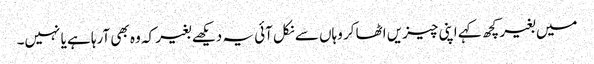
میں بغیر کچھ کہے اپنی چیزیں اٹھا کر وہاں سے نکل آئی یہ دیکھے بغیر کہ وہ بھی آرہا ہے یا نہیں۔